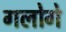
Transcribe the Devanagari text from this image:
गलोगे